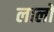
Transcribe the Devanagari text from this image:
लालों